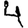
Digit: 4